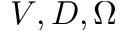
V , D , \Omega